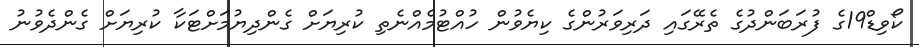
ކޯވިޑް19ގެ ފުރަބަންދުގެ ތެރޭގައި ދަރިވަރުންގެ ކިޔެވުން ހުއްޓުމެއްނެތި ކުރިޔަށް ގެންދިޔުމަށްޓަކާ ކުރިޔަށް ގެންދެވުނު